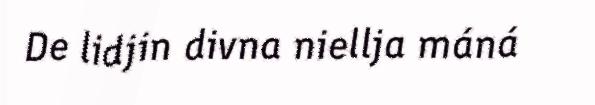
De lidjin divna niellja máná